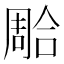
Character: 𭊐